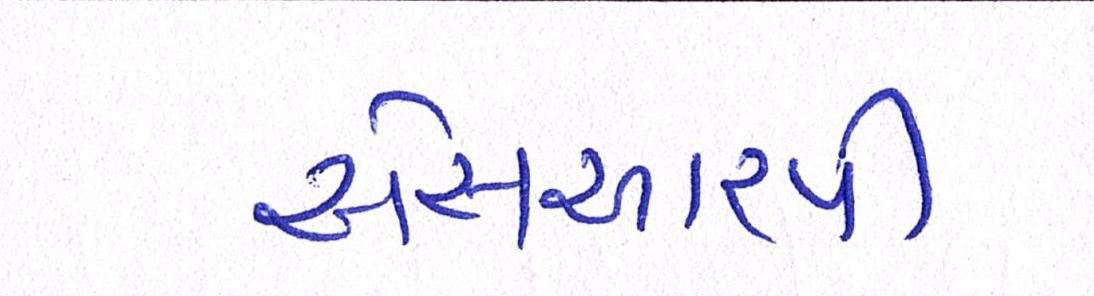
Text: એસઆરપી